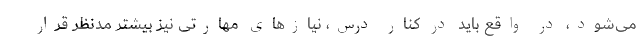
می‌شود، در واقع باید در کنار درس، نیازهای مهارتی نیز بیشتر مدنظر قرار